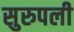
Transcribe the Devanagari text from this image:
सुरुपली